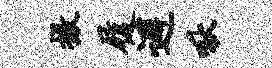
撤履避啾